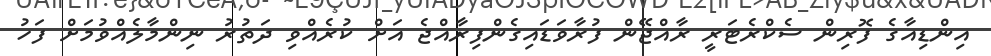
އިންޑިއާގެ ފޮރިން ސެކްރެޓަރީ ރާއްޖޭން ފުރާވަޑައިގެންފިރާއްޖެ އަށް ކުރެއްވި ދަތުރު ނިންމާލެއްވުމަށް ފަހު